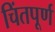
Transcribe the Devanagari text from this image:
चिंतपूर्ण